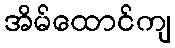
အိမ်ထောင်ကျ